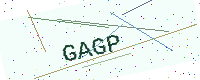
Text: GAGP